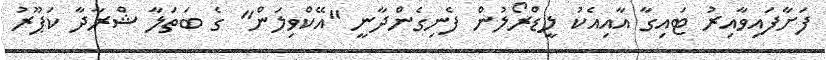
ފަށާފައިވާއިރު ޓައިގާ އާއިއެކު ލީޑްރޯލުން ފެނިގެންދާނީ "އޭކްވިލަން" ގެ ބަތަލާ ޝްރާދާ ކަޕޫރު